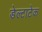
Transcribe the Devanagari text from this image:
डेल्टाटेक